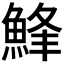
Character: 𩷭